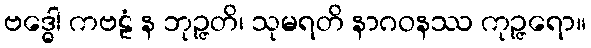
ဗဒ္ဓေါ ကဗဠံ န ဘုဉ္ဇတိ၊ သုမရတိ နာဂဝနဿ ကုဉ္ဇရော။